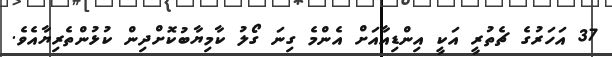
37 އަހަރުގެ ޗެތުރީ އަކީ އިންޑިއާއަށް އެންމެ ގިނަ ގޯލު ކާމިޔާބުކޮށްދިން ކުޅުންތެރިޔާއެވެ.